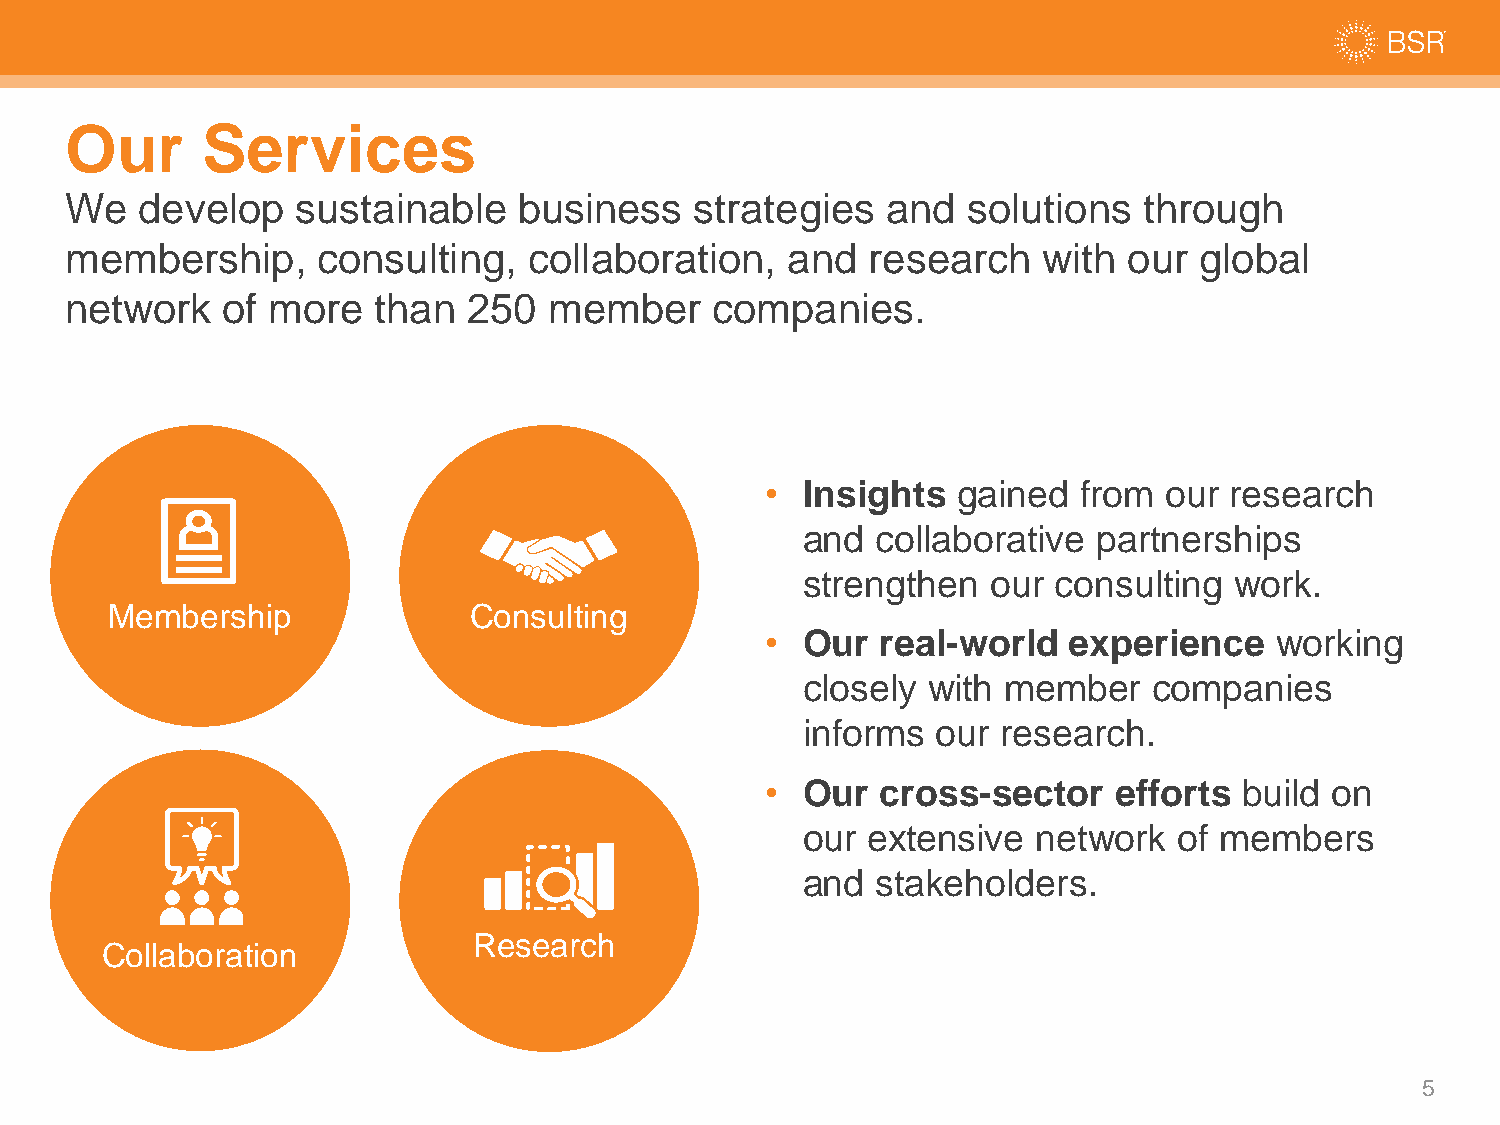
Our      Services
 We   develop    sustainable   business    strategies   and  solutions   through
 membership,      consulting,   collaboration,   and  research    with  our global
 network    of more   than  250  member     companies.
 • Insights  gained  from  our research
 and  collaborative  partnerships
 strengthen   our consulting  work.
 Membership              Consulting
 • Our  real-world   experience   working
 closely with  member   companies
 informs  our research.
 • Our  cross-sector    efforts build on
 our extensive   network  of members
 and  stakeholders.
 Research
 Collaboration
 5